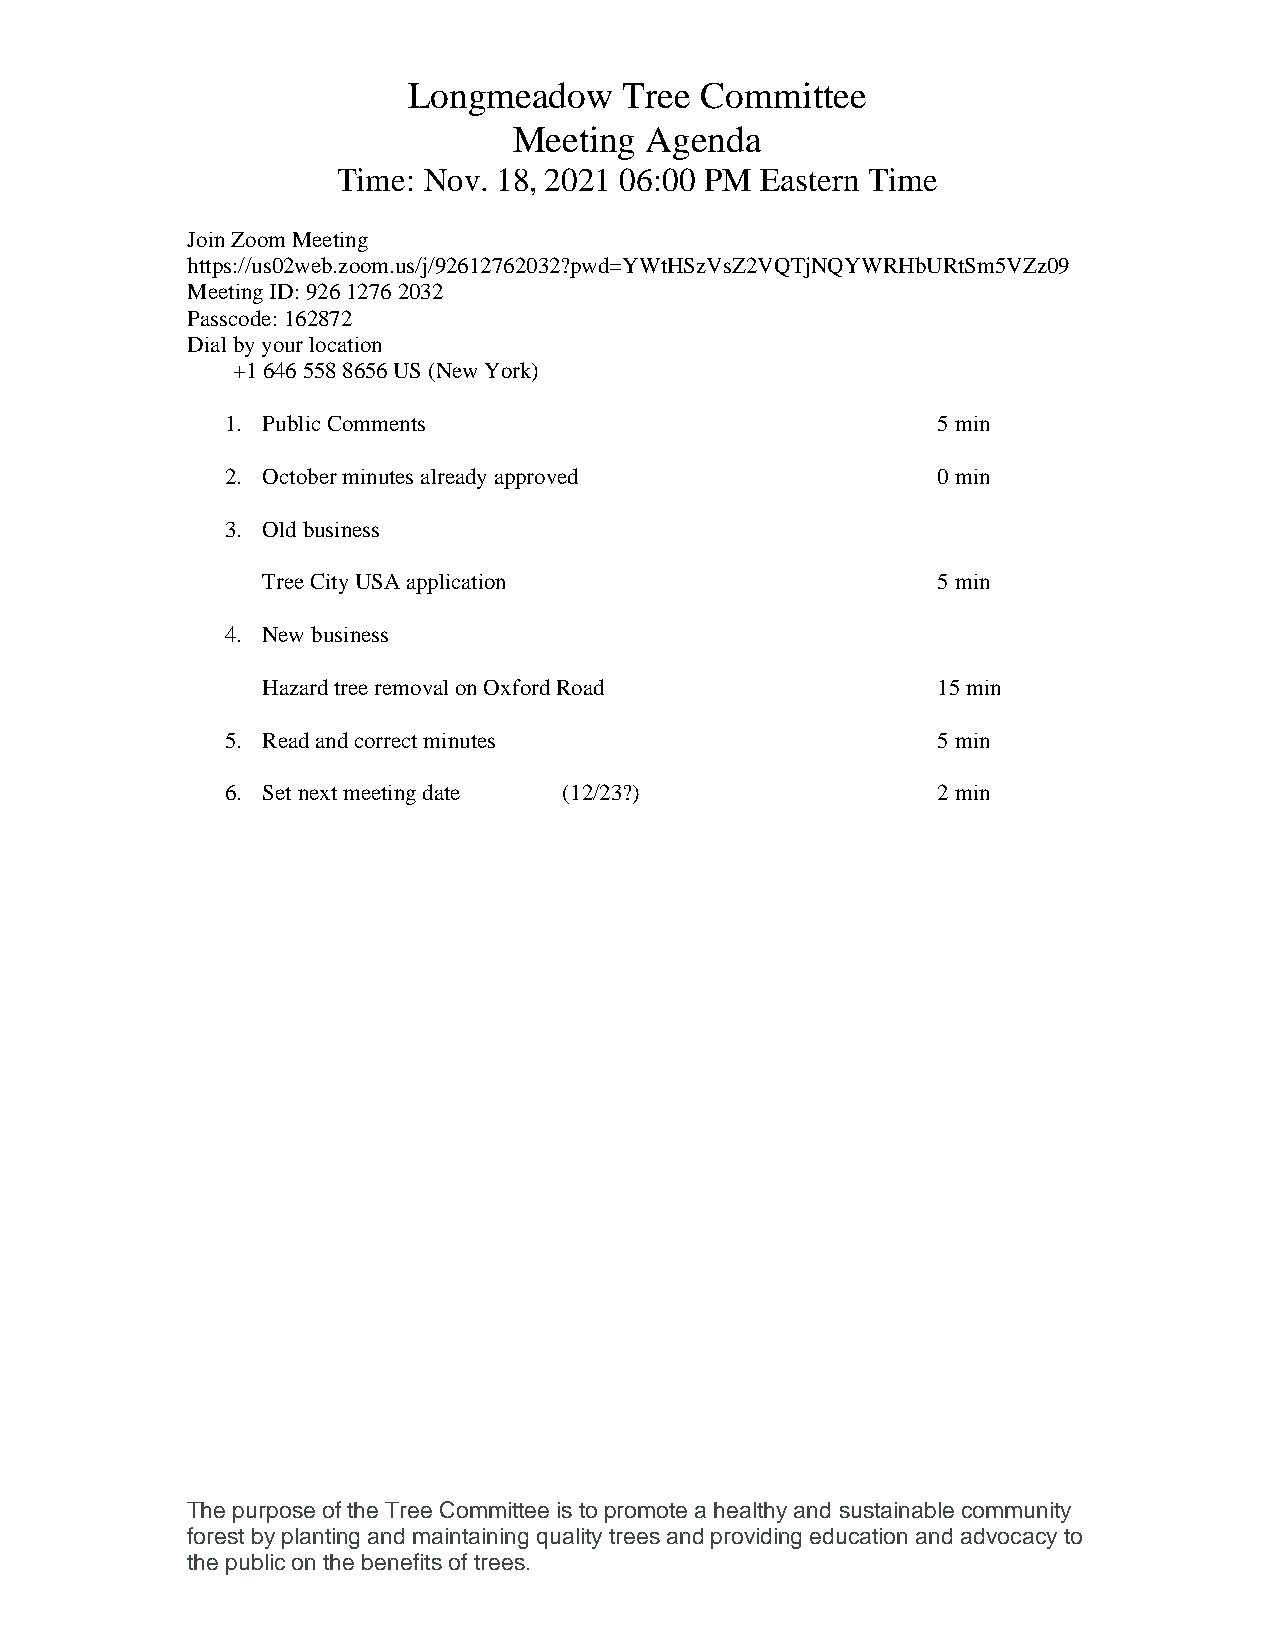
Longmeadow    Tree Committee
 Meeting  Agenda
 Time: Nov. 18, 2021 06:00 PM Eastern Time
 Join Zoom Meeting
 https://us02web.zoom.us/j/92612762032?pwd=YWtHSzVsZ2VQTjNQYWRHbURtSm5VZz09
 Meeting ID: 926 1276 2032
 Passcode: 162872
 Dial by your location
 +1 646 558 8656 US (New York)
 1. Public Comments                             5 min
 2. October minutes already approved            0 min
 3. Old business
 Tree City USA application                    5 min
 4. New business
 Hazard tree removal on Oxford Road           15 min
 5. Read and correct minutes                    5 min
 6. Set next meeting date (12/23?)              2 min
 The purpose of the Tree Committee is to promote a healthy and sustainable community
 forest by planting and maintaining quality trees and providing education and advocacy to
 the public on the benefits of trees.